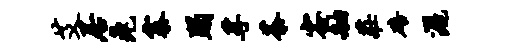
艾居兔寨蹋孚茶容舳庄碚洒